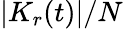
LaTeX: |K_{r}(t)|/N